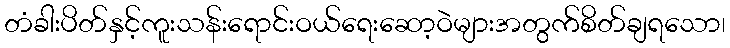
တံခါးပိတ်နှင့်ကူးသန်းရောင်းဝယ်ရေးဆော့ဝဲများအတွက်စိတ်ချရသော၊